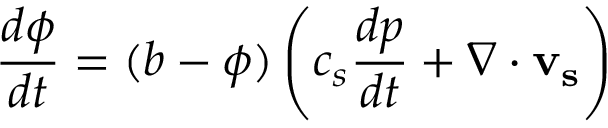
\frac { d \phi } { d t } = ( b - \phi ) \left( c _ { s } \frac { d p } { d t } + \nabla \cdot \mathbf { v _ { s } } \right)